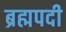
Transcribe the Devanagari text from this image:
ब्रह्मपदी